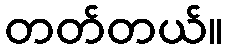
တတ်တယ်။